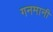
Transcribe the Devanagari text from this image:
गनमानी